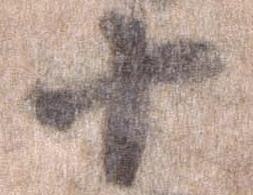
十